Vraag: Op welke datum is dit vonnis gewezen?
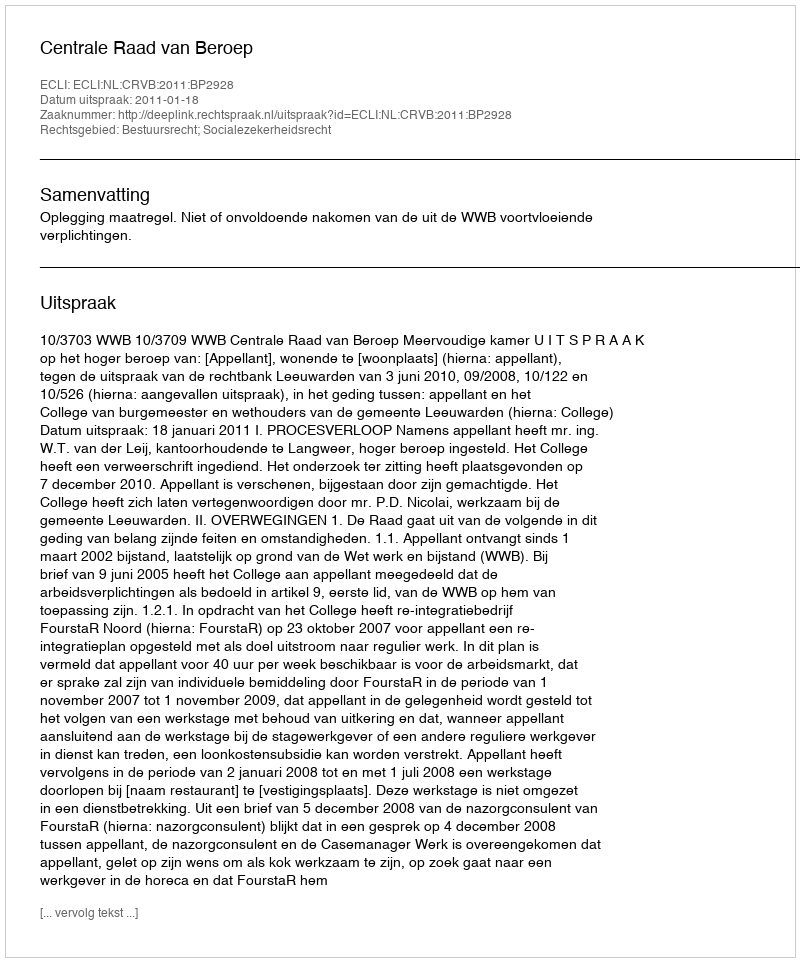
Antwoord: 2011-01-18